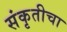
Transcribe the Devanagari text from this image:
संकृतीचा